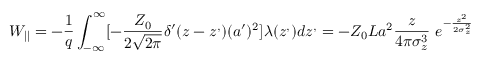
W _ { | | } = - \frac { 1 } { q } \int _ { - \infty } ^ { \infty } [ { - \frac { Z _ { 0 } } { 2 \sqrt { 2 \pi } } \delta ^ { \prime } ( z - z ^ { , } ) ( a ^ { \prime } ) ^ { 2 } } ] \lambda ( z ^ { , } ) d z ^ { , } = - Z _ { 0 } L a ^ { 2 } \frac { z } { 4 \pi \sigma _ { z } ^ { 3 } } \ e ^ { - \frac { z ^ { 2 } } { 2 \sigma _ { z } ^ { 2 } } }